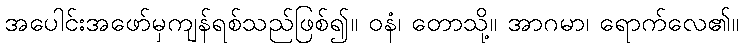
အပေါင်းအဖော်မှကျန်ရစ်သည်ဖြစ်၍။ ဝနံ၊ တောသို့။ အာဂမာ၊ ရောက်လေ၏။